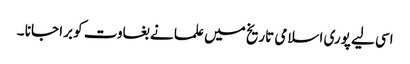
اسی لیے پوری اسلامی تاریخ میں علما نے بغاوت کو برا جانا ۔